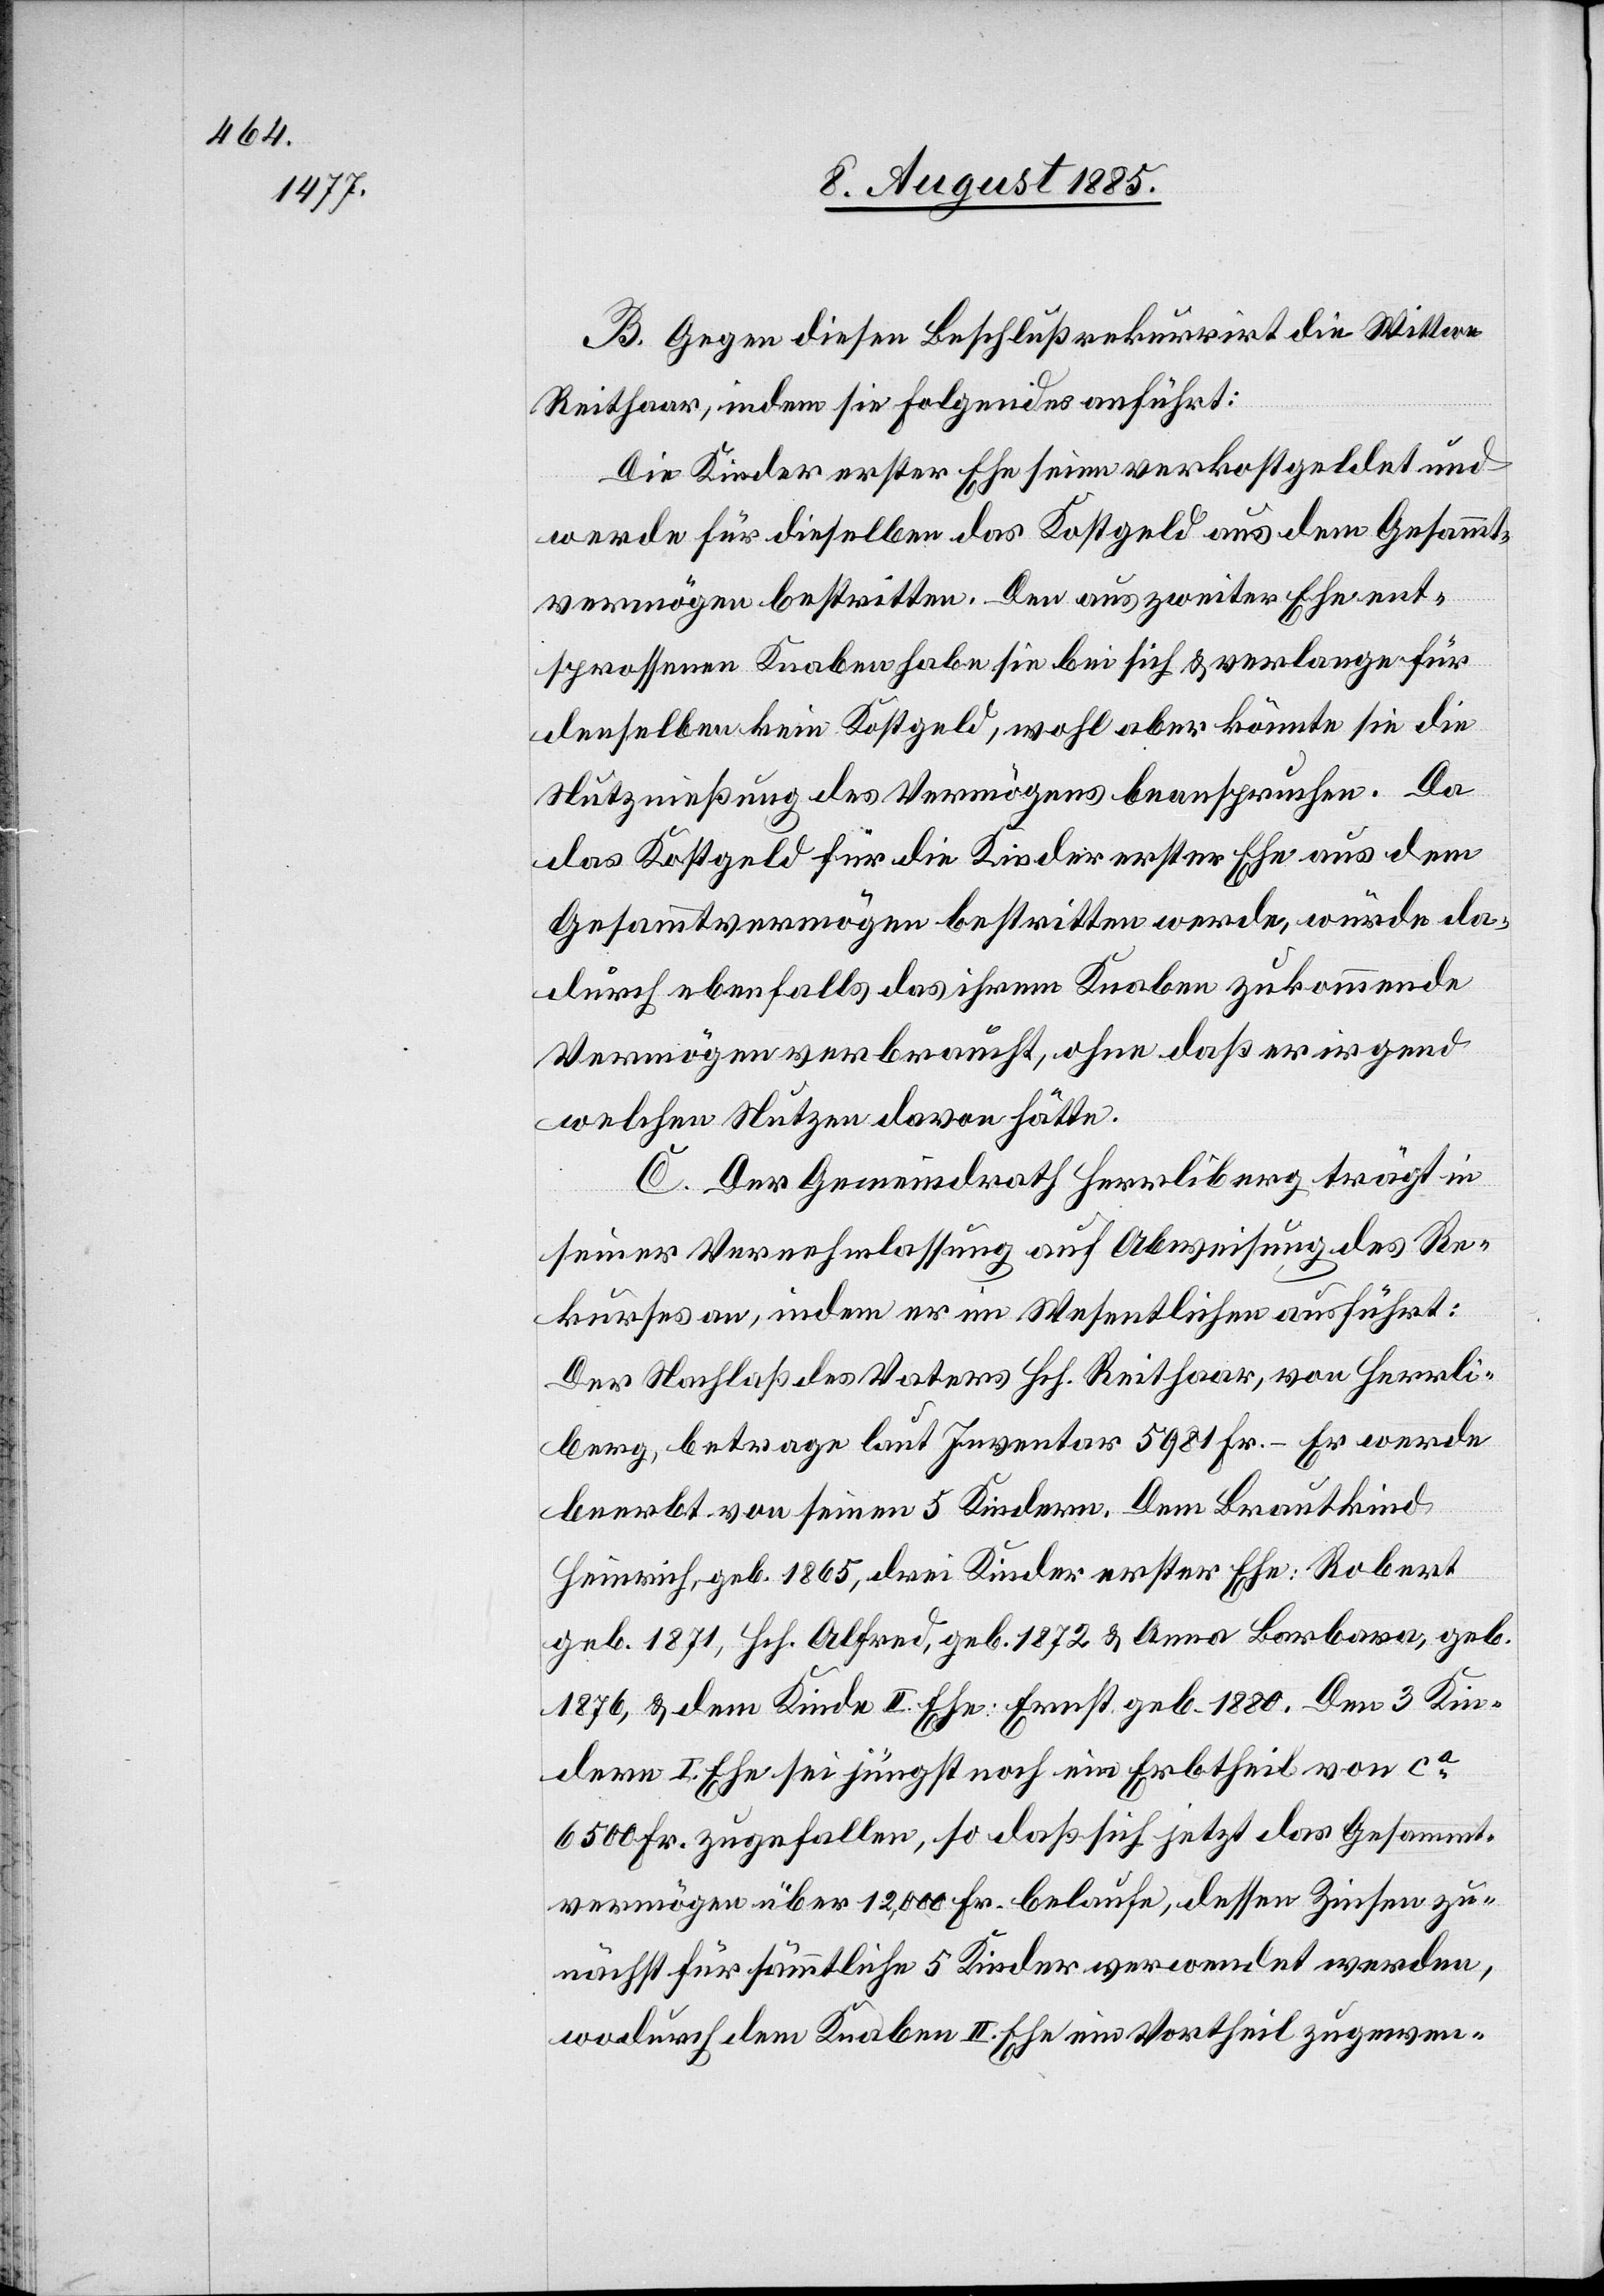
B. Gegen diesen Beschluß rekurrirt die Wittwe
Reithaar, indem sie Folgendes anführt:
Die Kinder erster Ehe seien verkostgeldet und
werde für dieselben das Kostgeld aus dem Gesammt¬
vermögen bestritten. Den aus zweiter Ehe ent¬
sprossenen Knaben habe sie bei sich & verlange für
denselben kein Kostgeld, wohl aber könnte sie die
Nutznießung des Vermögens beanspruchen. Da
das Kostgeld für die Kinder erster Ehe aus dem
Gesammtvermögen bestritten werde, würde da¬
durch ebenfalls das ihrem Knaben zukommende
Vermögen verbraucht, ohne daß er irgend
welchen Nutzen davon hätte.
C. Der Gemeindrath Herrliberg trägt in
seiner Vernehmlassung auf Abweisung des Re¬
kurses an, indem er im Wesentlichen ausführt:
Der Nachlaß des Vaters Hch. Reithaar, von Herrli¬
berg, betrage laut Inventar 5981 Fr. – er werde
beerbt von seinen 5 Kindern. Dem Brautkind
Heinrich, geb. 1865, drei Kinder erster Ehe: Robert
geb. 1871, Hch. Alfred, geb. 1872 & Anna Barbara, geb.
1876, & dem Kinde II. Ehe: Ernst geb. 1880. Den 3 Kin¬
dern I. Ehe sei jüngst noch ein Erbtheil von ca
6500 Fr. zugefallen, so daß sich jetzt das Gesammt¬
vermögen über 12,000 Fr. belaufe, dessen Zinsen zu¬
nächst für sämmtliche 5 Kinder verwendet werden,
wodurch dem Knaben II. Ehe ein Vortheil zugewen-